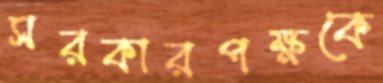
সরকারপক্ষকে